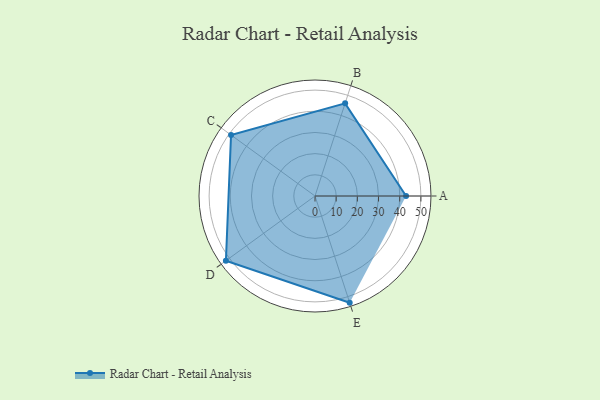
{"axis": {"x": "Skill", "y": "Score"}, "legend": ["Profile"], "data": [{"x": "A", "y": 43.0, "type": "Profile"}, {"x": "B", "y": 46.0, "type": "Profile"}, {"x": "C", "y": 49.0, "type": "Profile"}, {"x": "D", "y": 52.0, "type": "Profile"}, {"x": "E", "y": 53.0, "type": "Profile"}]}